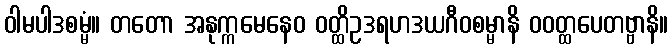
ဝါမပါဒစမ္မံ။ တတော အနုက္ကမေနေဝ ဝတ္ထိဥဒရဟဒယဂီဝစမ္မာနိ ဝဝတ္ထပေတဗ္ဗာနိ။